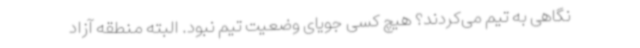
نگاهی به تیم می‌کردند؟ هیچ کسی جویای وضعیت تیم نبود. البته منطقه آزاد